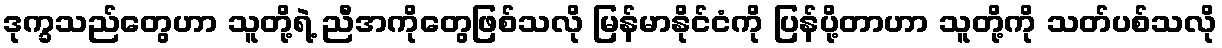
ဒုက္ခသည်တွေဟာ သူတို့ရဲ့ ညီအကိုတွေဖြစ်သလို မြန်မာနိုင်ငံကို ပြန်ပို့တာဟာ သူတို့ကို သတ်ပစ်သလို